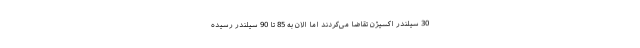
30 سیلندر اکسیژن تقاضا می‌کردند اما الان به 85 تا 90 سیلندر رسیده